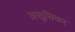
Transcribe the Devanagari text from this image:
अशुचिकर